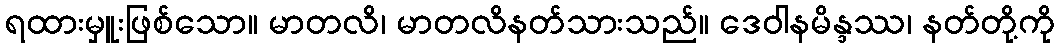
ရထားမှူးဖြစ်သော။ မာတလိ၊ မာတလိနတ်သားသည်။ ဒေဝါနမိန္ဒဿ၊ နတ်တို့ကို